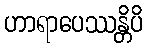
ဟာရာပေဿန္တိပိ